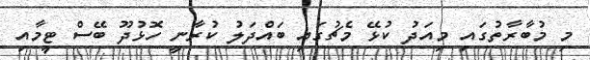
މި މުބާރާތުގައި މިއަދު ކުޅޭ މެޗުގައި ބައްދަލު ކުރާނީ ހޮޅުދޫ ބޭސް ޓީމާއި